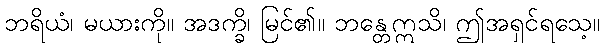
ဘရိယံ၊ မယားကို။ အဒက္ခိ၊ မြင်၏။ ဘန္တေဣသိ၊ ဤအရှင်ရသေ့။